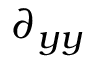
\partial _ { y y }